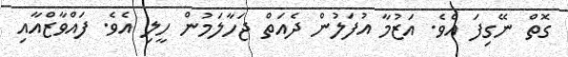
ގޮތް ނޭގިފަ އެވެ. އަޒުމާ އުފަލުން ދެއަތް ޖަހާލަމުން ހީލި އެވެ. ފައްވާޒްއާއި